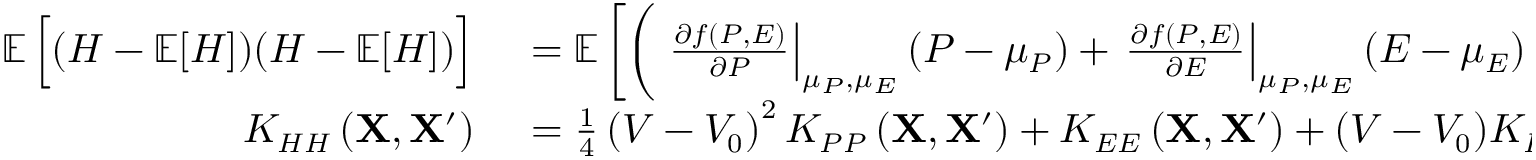
\small \begin{array} { r l } { \mathop { { } \mathbb { E } } \Big [ ( H - \mathop { { } \mathbb { E } } [ H ] ) ( H - \mathop { { } \mathbb { E } } [ H ] ) \Big ] } & { { } = \mathop { { } \mathbb { E } } \bigg [ \bigg ( \left. \frac { \partial f \left( P , E \right) } { \partial P } \right| _ { \mu _ { P } , \mu _ { E } } \left( P - \mu _ { P } \right) + \left. \frac { \partial f \left( P , E \right) } { \partial E } \right| _ { \mu _ { P } , \mu _ { E } } \left( E - \mu _ { E } \right) \bigg ) } \\ { K _ { H H } \left( \mathbf { X } , \mathbf { X } ^ { \prime } \right) } & { { } = \frac { 1 } { 4 } \left( V - V _ { 0 } \right) ^ { 2 } K _ { P P } \left( \mathbf { X } , \mathbf { X } ^ { \prime } \right) + K _ { E E } \left( \mathbf { X } , \mathbf { X } ^ { \prime } \right) + ( V - V _ { 0 } ) K _ { P E } \left( \mathbf { X } , \mathbf { X } ^ { \prime } \right) } \end{array}